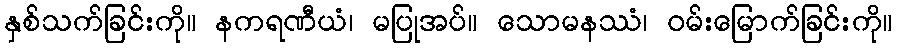
နှစ်သက်ခြင်းကို။ နကရဏီယံ၊ မပြုအပ်။ သောမနဿံ၊ ဝမ်းမြောက်ခြင်းကို။